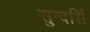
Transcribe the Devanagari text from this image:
सुन्दर्सि